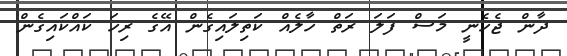
ދާން ޖެހެނީ މަސް ފަލަ ރަތް ހާލެއް ކަތިލައިގެން އޭގެ ރިހަ ކައްކައިގެން